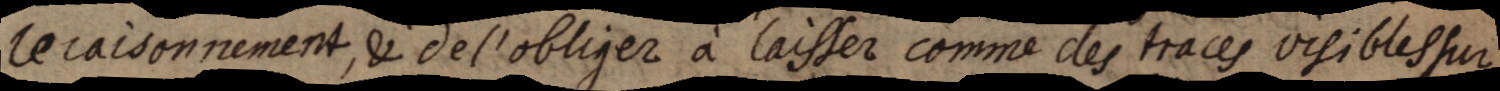
le raisonnement, & de l’obliger à laisser comme des traces visibles sur